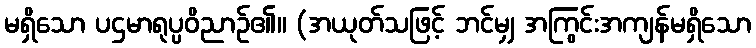
မရှိသော ပဌမာရုပ္ပဝိညာဉ်၏။ (အယုတ်သဖြင့် ဘင်မျှ အကြွင်းအကျန်မရှိသော